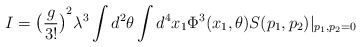
\begin{align*}I={\big(\frac{g}{3!}\big)}^2\lambda^3\int d^2\theta \int d^4 x_1 \Phi^3(x_1,\theta)S(p_1,p_2)|_{p_1,p_2=0}\end{align*}